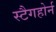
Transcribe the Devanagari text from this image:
स्टैगहोर्न